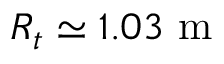
R _ { t } \simeq 1 . 0 3 ~ \mathrm { m }